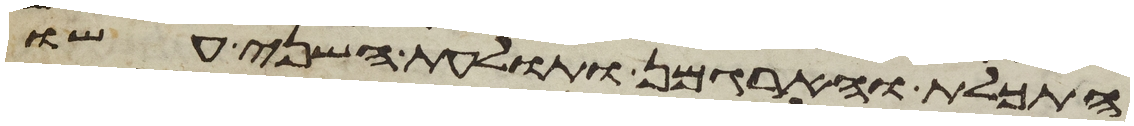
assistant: התכלת והארגמן ותולעת השני עשו